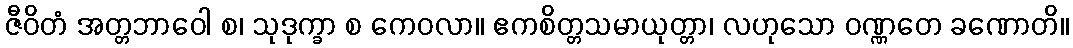
ဇီဝိတံ အတ္တဘာဝေါ စ၊ သုဒုက္ခာ စ ကေဝလာ။ ဧကစိတ္တသမာယုတ္တာ၊ လဟုသော ဝဏ္ဏတေ ခဏောတိ။